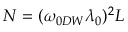
N = ( \omega _ { 0 D W } \lambda _ { 0 } ) ^ { 2 } L